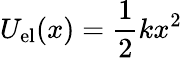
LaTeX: U_{\mathrm{el}}(x)={\frac{1}{2}}kx^{2}